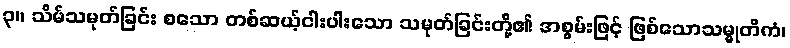
၃။ သိမ်သမုတ်ခြင်း စသော တစ်ဆယ့်ငါးပါးသော သမုတ်ခြင်းတို့၏ အစွမ်းဖြင့် ဖြစ်သောသမ္မုတိကံ၊